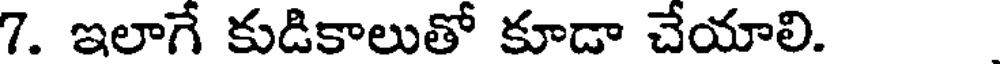
7. ఇలాగే కుడికాలుతో కూడా చేయాలి.